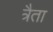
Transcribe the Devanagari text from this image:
त्रैता